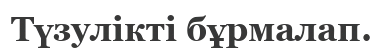
Түзулікті бұрмалап.